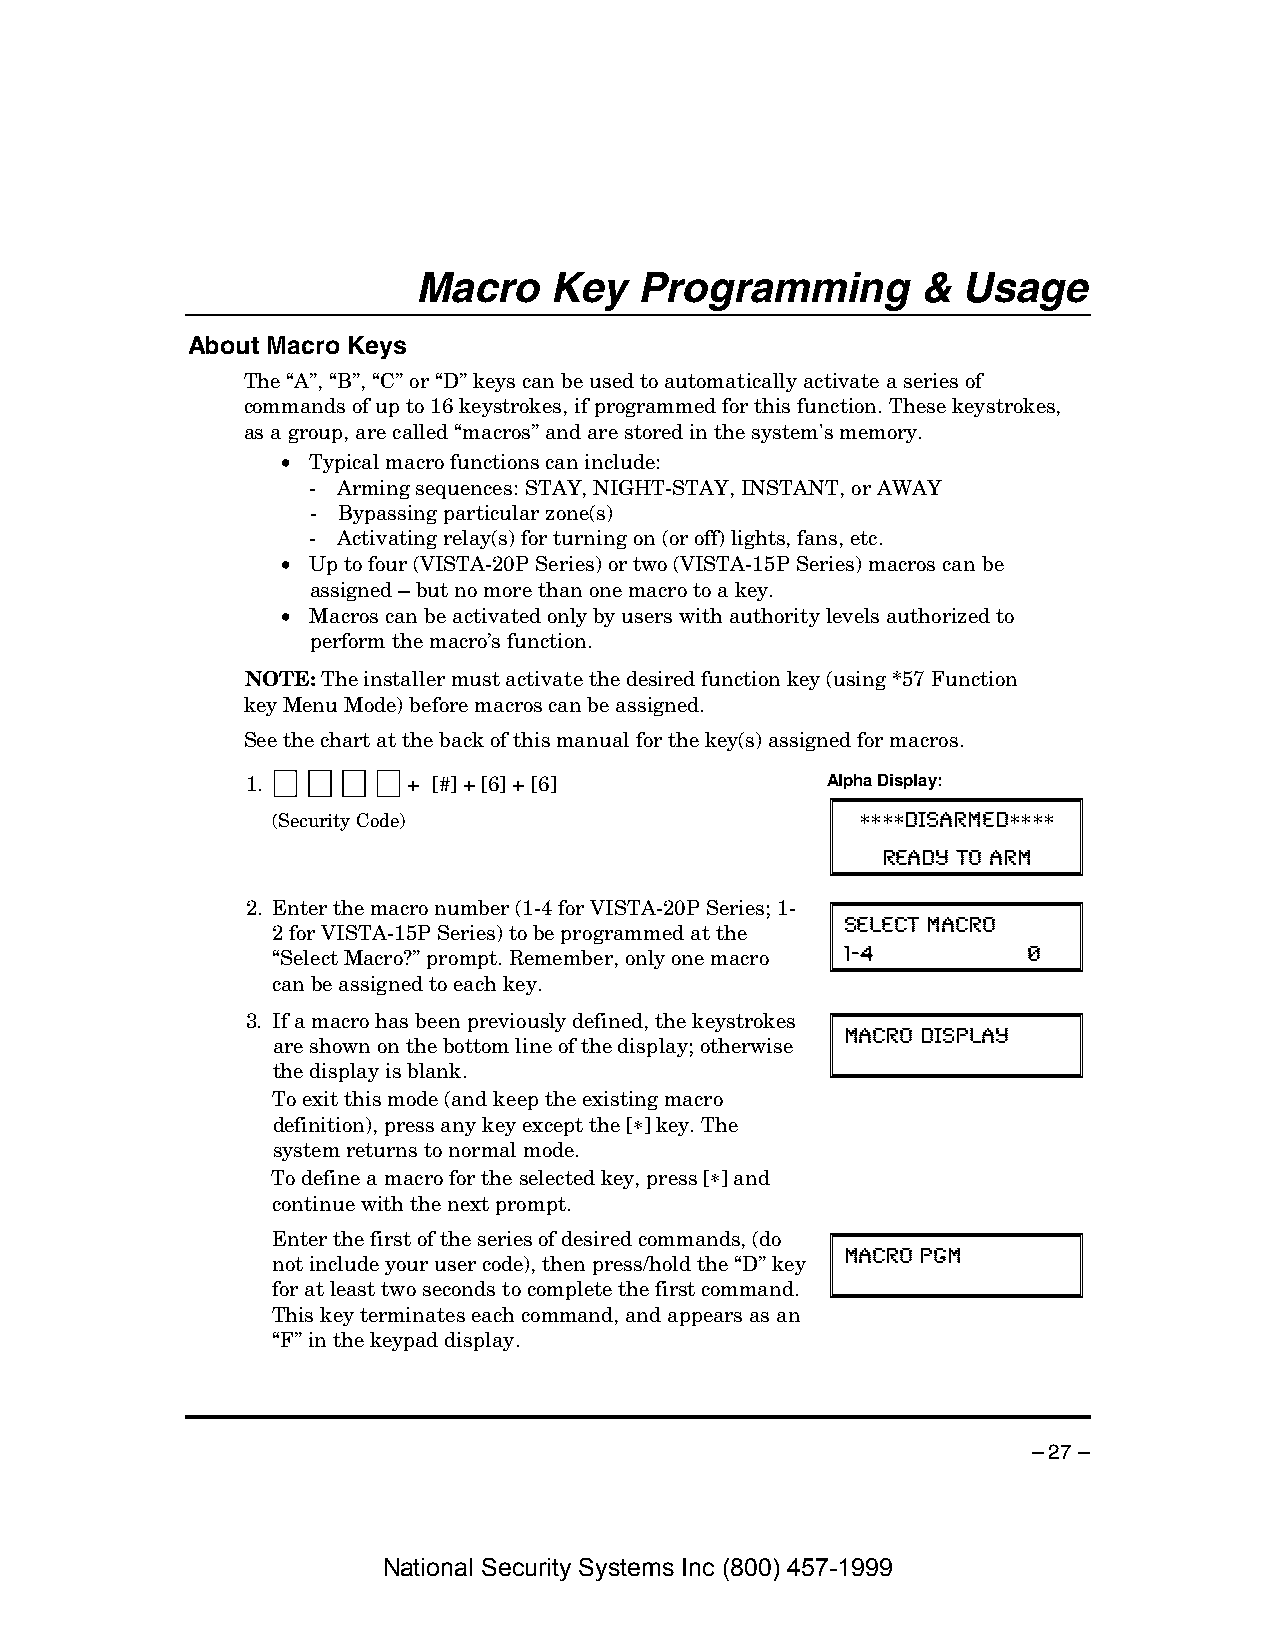
Macro    Key   Programming        &  Usage
 About Macro Keys
 The “A”, “B”, “C” or “D” keys can be used to automatically activate a series of
 commands of up to 16 keystrokes, if programmed for this function. These keystrokes,
 as a group, are called “macros” and are stored in the system's memory.
 • Typical macro functions can include:
 - Arming sequences: STAY, NIGHT-STAY, INSTANT, or AWAY
 - Bypassing particular zone(s)
 - Activating relay(s) for turning on (or off) lights, fans, etc.
 • Up to four (VISTA-20P Series) or two (VISTA-15P Series) macros can be
 assigned – but no more than one macro to a key.
 • Macros can be activated only by users with authority levels authorized to
 perform the macro’s function.
 NOTE: The installer must activate the desired function key (using *57 Function
 key Menu Mode) before macros can be assigned.
 See the chart at the back of this manual for the key(s) assigned for macros.
 1.         + [#] + [6] + [6]           Alpha Display:
 (Security Code)
 ∗∗∗∗ DISARMED∗∗∗∗
 READY TO ARM
 2. Enter the macro number (1-4 for VISTA-20P Series; 1-
 2 for VISTA-15P Series) to be programmed at the SELECT MACRO
 “Select Macro?” prompt. Remember, only one macro 1-4 0
 can be assigned to each key.
 3. If a macro has been previously defined, the keystrokes
 are shown on the bottom line of the display; otherwise MACRO DISPLAY
 the display is blank.
 To exit this mode (and keep the existing macro
 definition), press any key except the [∗] key. The
 system returns to normal mode.
 To define a macro for the selected key, press [∗] and
 continue with the next prompt.
 Enter the first of the series of desired commands, (do
 not include your user code), then press/hold the “D” key MACRO PGM
 for at least two seconds to complete the first command.
 This key terminates each command, and appears as an
 “F” in the keypad display.
 – 27 –
 National Security Systems Inc (800) 457-1999